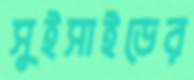
সুইসাইডের